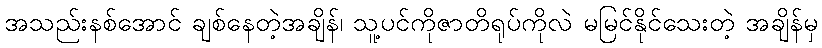
အသည်းနစ်အောင် ချစ်နေတဲ့အချိန်၊ သူ့ပင်ကိုဇာတိရုပ်ကိုလဲ မမြင်နိုင်သေးတဲ့ အချိန်မှ